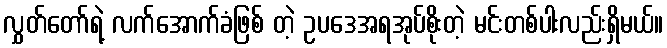
လွှတ်တော်ရဲ့ လက်အောက်ခံဖြစ် တဲ့ ဥပဒေအရအုပ်စိုးတဲ့ မင်းတစ်ပါးလည်းရှိမယ်။